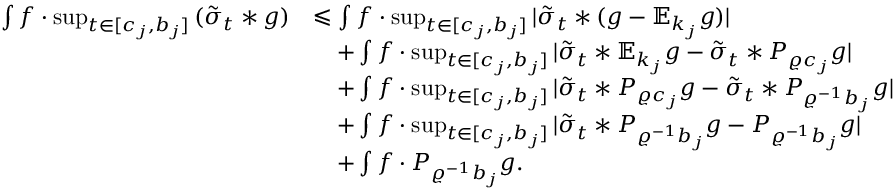
\begin{array} { r l } { \int f \cdot \operatorname* { s u p } _ { t \in [ c _ { j } , b _ { j } ] } \, ( \tilde { \sigma } _ { t } \ast g ) } & { \leqslant \int f \cdot \operatorname* { s u p } _ { t \in [ c _ { j } , b _ { j } ] } | \tilde { \sigma } _ { t } \ast ( g - \mathbb { E } _ { k _ { j } } g ) | } \\ & { \quad + \int f \cdot \operatorname* { s u p } _ { t \in [ c _ { j } , b _ { j } ] } | \tilde { \sigma } _ { t } \ast \mathbb { E } _ { k _ { j } } g - \tilde { \sigma } _ { t } \ast P _ { \varrho c _ { j } } g | } \\ & { \quad + \int f \cdot \operatorname* { s u p } _ { t \in [ c _ { j } , b _ { j } ] } | \tilde { \sigma } _ { t } \ast P _ { \varrho c _ { j } } g - \tilde { \sigma } _ { t } \ast P _ { \varrho ^ { - 1 } b _ { j } } g | } \\ & { \quad + \int f \cdot \operatorname* { s u p } _ { t \in [ c _ { j } , b _ { j } ] } | \tilde { \sigma } _ { t } \ast P _ { \varrho ^ { - 1 } b _ { j } } g - P _ { \varrho ^ { - 1 } b _ { j } } g | } \\ & { \quad + \int f \cdot P _ { \varrho ^ { - 1 } b _ { j } } g . } \end{array}